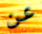
عن